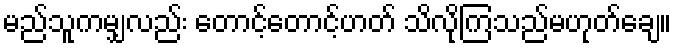
မည်သူကမျှလည်း တောင့်တောင့်ဟတ် သိလိုကြသည်မဟုတ်ချေ။